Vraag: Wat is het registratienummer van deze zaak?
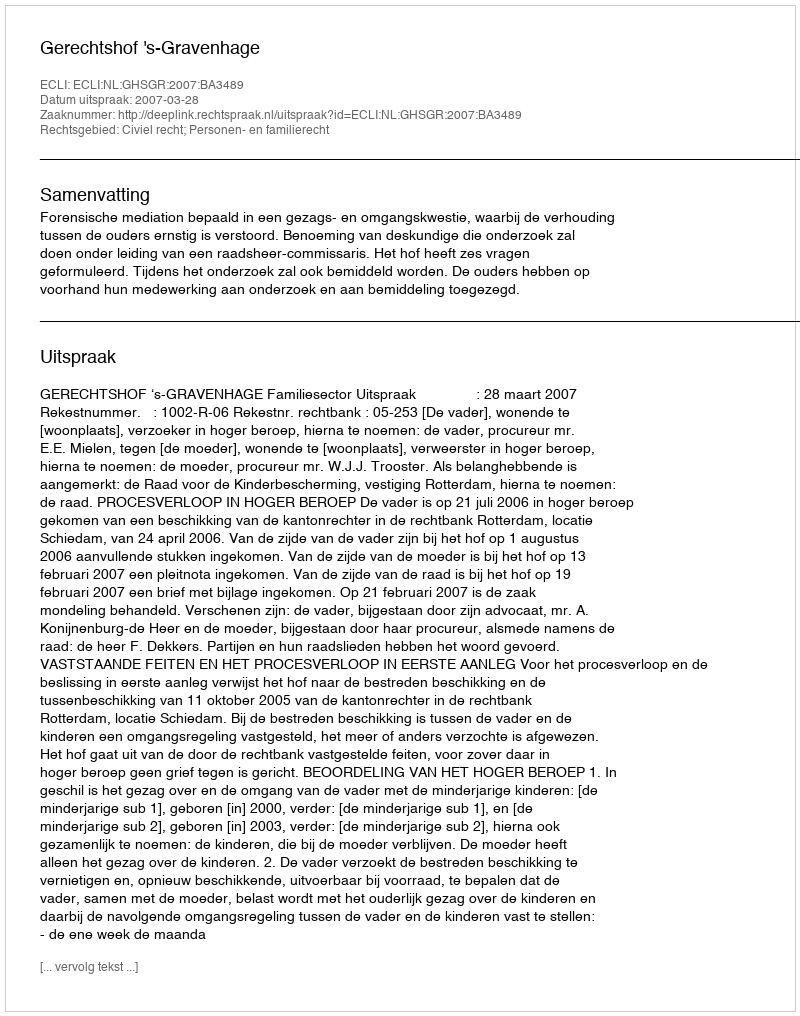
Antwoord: http://deeplink.rechtspraak.nl/uitspraak?id=ECLI:NL:GHSGR:2007:BA3489